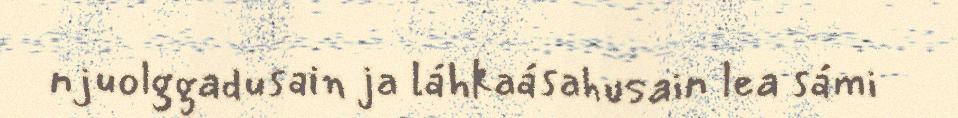
njuolggadusain ja láhkaásahusain lea sámi